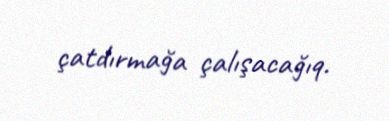
çatdırmağa çalışacağıq.